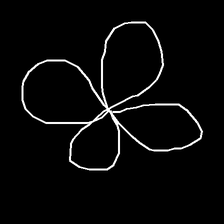
Glyph: billowing